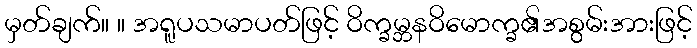
မှတ်ချက်။ ။ အရူပသမာပတ်ဖြင့် ဝိက္ခမ္ဘနဝိမောက္ခ၏အစွမ်းအားဖြင့်